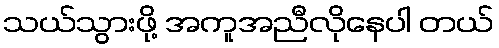
သယ်သွားဖို့ အကူအညီလိုနေပါ တယ်